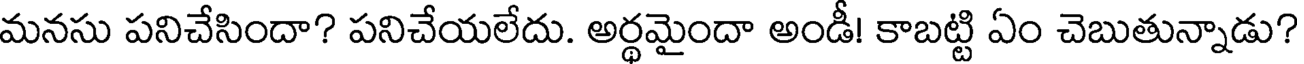
మనసు పనిచేసిందా? పనిచేయలేదు. అర్థమైందా అండీ! కాబట్టి ఏం చెబుతున్నాడు?